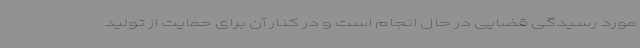
مورد رسیدگی قضایی در حال انجام است و در کنار آن برای حمایت از تولید